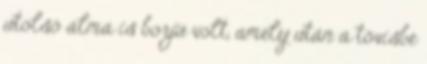
utolsó álma is borjú volt, amely után a tövisbe